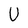
Character: U